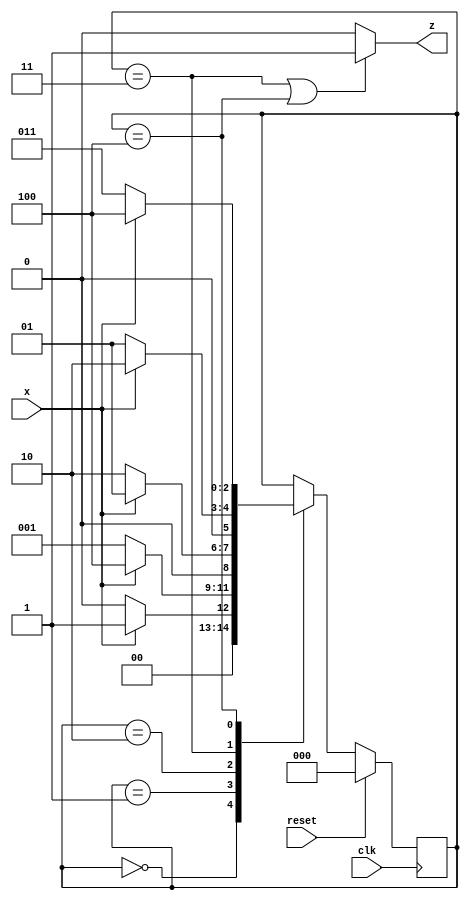
module top_module (
    input clk,
    input reset,   // Synchronous reset
    input x,
    output z
);
	parameter A=0, B=1, C=2, D=3, E=4;
    reg [2:0] PS, NS;
    
    assign z = ((PS == D) || (PS == E))? 1:0;
    
    always @(*)
        case(PS)
            A: NS = (x)? B:A;
            B: NS = (x)? E:B;
            C: NS = (x)? B:C;
            D: NS = (x)? C:B;
            E: NS = (x)? E:D;
            default: NS = PS;
        endcase
    
    always @(posedge clk)
        if(reset)
            PS = A;
    	else
            PS = NS;
endmodule